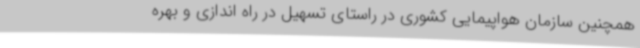
همچنین سازمان هواپیمایی کشوری در راستای تسهیل در راه اندازی و بهره